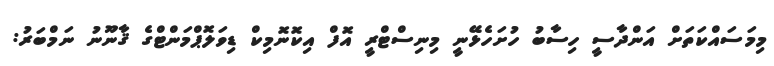
މިމަސައްކަތަށް އަންދާސީ ހިސާބު ހުށަހެޅޭނީ މިނިސްޓްރީ އޮފް އިކޮނޮމިކް ޑިވަލޮޕްމަންޓްގެ ޤާނޫނު ނަމްބަރު: